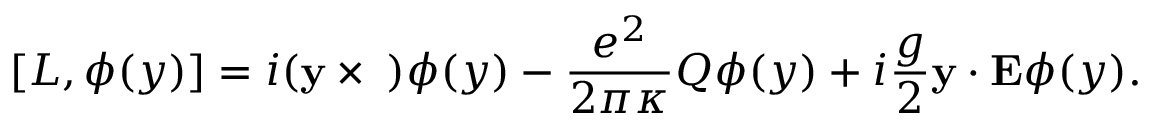
\lbrack L , \phi ( y ) ] = i ( { \bf y } \times { \bf \nabla } ) \phi ( y ) - \frac { e ^ { 2 } } { 2 \pi \kappa } Q \phi ( y ) + i \frac g 2 { \bf y \cdot E } \phi ( y ) .